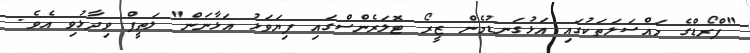
"ފްރޯޑްގެ މައްސަލަތަކުގައި އަޅުގަނޑުމެން ޒީރޯ ޓޮލަރެންސްގައި ފިޔަވަޅު އަޅާނަން" ލަޠީފް ވިދާޅުވި އެވެ.